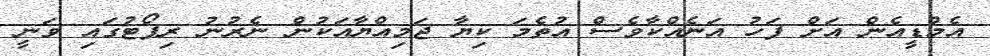
އެމްޑީއެން އަށް ފަހު އަނެއްކާވެސް އުތެމަ ކިޔާ ޖަމިއްޔާއަކުން ނެރުނު ރިޕޯޓުގައި ވަނީ